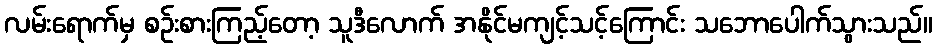
လမ်းရောက်မှ စဉ်းစားကြည့်တော့ သူဒီလောက် အနိုင်မကျင့်သင့်ကြောင်း သဘောပေါက်သွားသည်။